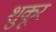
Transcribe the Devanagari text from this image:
शुकूर